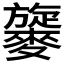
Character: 𪍧